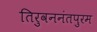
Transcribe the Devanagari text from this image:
तिरुवननंतपुरम